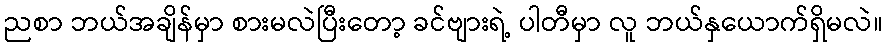
ညစာ ဘယ်အချိန်မှာ စားမလဲပြီးတော့ ခင်ဗျားရဲ့ ပါတီမှာ လူ ဘယ်နှယောက်ရှိမလဲ။